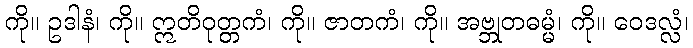
ကို။ ဥဒါနံ၊ ကို။ ဣတိဝုတ္တကံ၊ ကို။ ဇာတကံ၊ ကို။ အဗ္ဘုတဓမ္မံ၊ ကို။ ဝေဒလ္လံ၊